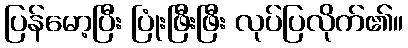
ပြန်မော့ပြီး ပြုံးဖြီးဖြီး လုပ်ပြလိုက်၏။